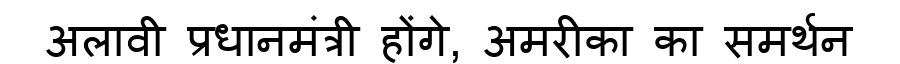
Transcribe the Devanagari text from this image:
अलावी प्रधानमंत्री होंगे, अमरीका का समर्थन